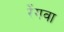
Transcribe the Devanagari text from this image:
रँगवा